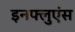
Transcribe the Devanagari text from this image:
इनफ्लुएंस